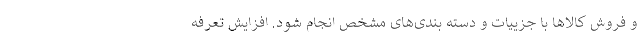
و فروش کالاها با جزییات و دسته بندی‌های مشخص انجام شود. افزایش تعرفه